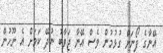
އޭނާގެ ފޯނަށް ގުޅުމުން ވެސް އޭނާ ޖަވާބު ނުދޭ ކަމަށް އެ ނޫހުން